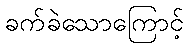
ခက်ခဲသောကြောင့်